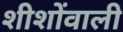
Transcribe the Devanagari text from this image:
शीशोंवाली